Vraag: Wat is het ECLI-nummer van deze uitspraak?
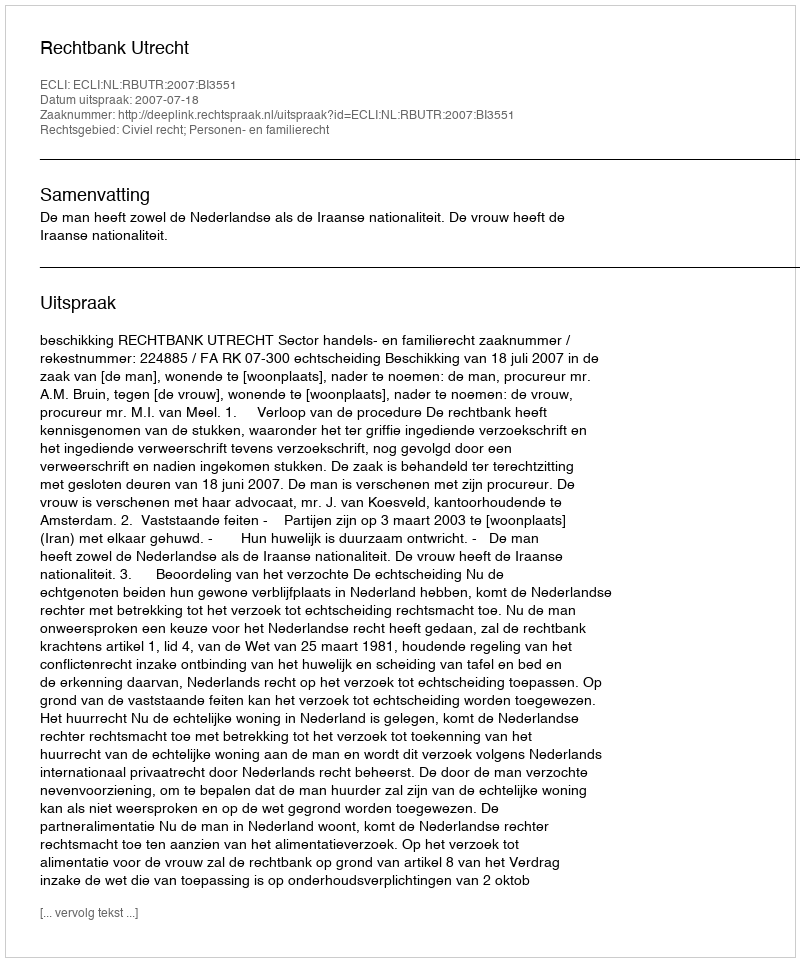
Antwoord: ECLI:NL:RBUTR:2007:BI3551